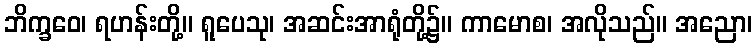
ဘိက္ခဝေ၊ ရဟန်းတို့။ ရူပေသု၊ အဆင်းအာရုံတို့၌။ ကာမောစ၊ အလိုသည်။ အညော၊